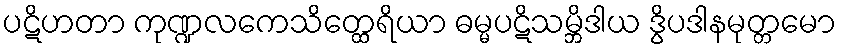
ပဋိဟတာ ကုဏ္ဍလကေသိတ္ထေရိယာ ဓမ္မပဋိသမ္ဘိဒါယ ဒွိပဒါနမုတ္တမော